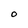
Character: O